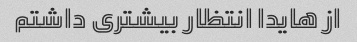
از هایدا انتظار بیشتری داشتم